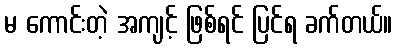
မ ကောင်းတဲ့ အကျင့် ဖြစ်ရင် ပြင်ရ ခက်တယ်။